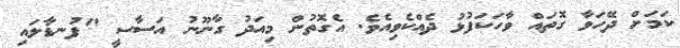
ކަމަށް ދޭހަވާ ގޮތައް ވާހަކަފުޅު ދެއްކެވިއެވެ. އެގޮތުން މިއަދު ގާނޫނު އަސާސީ "ފުނޑާލައި